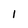
Character: 1